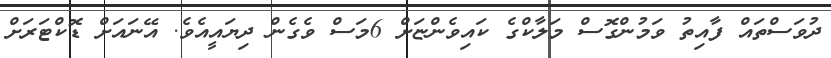
ދުވަސްތައް ފާއިތު ވަމުންގޮސް މަލާކްގެ ކައިވެންޏަށް 6މަސް ވެގެން ދިޔައީއެވެ. އޭނައަށް ޑޮކްޓަރަށް